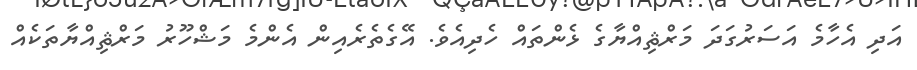
އަދި އެހާމެ އަސަރުގަދަ މަރްޘިއްޔާގެ ޅެންތައް ހެދިއެވެ. އޭގެތެރެއިން އެންމެ މަޝްހޫރު މަރްޘިއްޔާތަކެއް